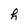
Character: h